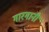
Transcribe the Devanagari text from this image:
गारगानी